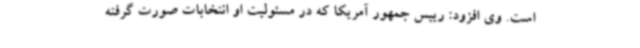
است. وی افزود: رییس جمهور آمریکا که در مسئولیت او انتخابات صورت گرفته